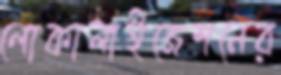
লোকালাইজেশনের